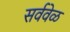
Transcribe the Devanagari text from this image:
सर्ववेळ